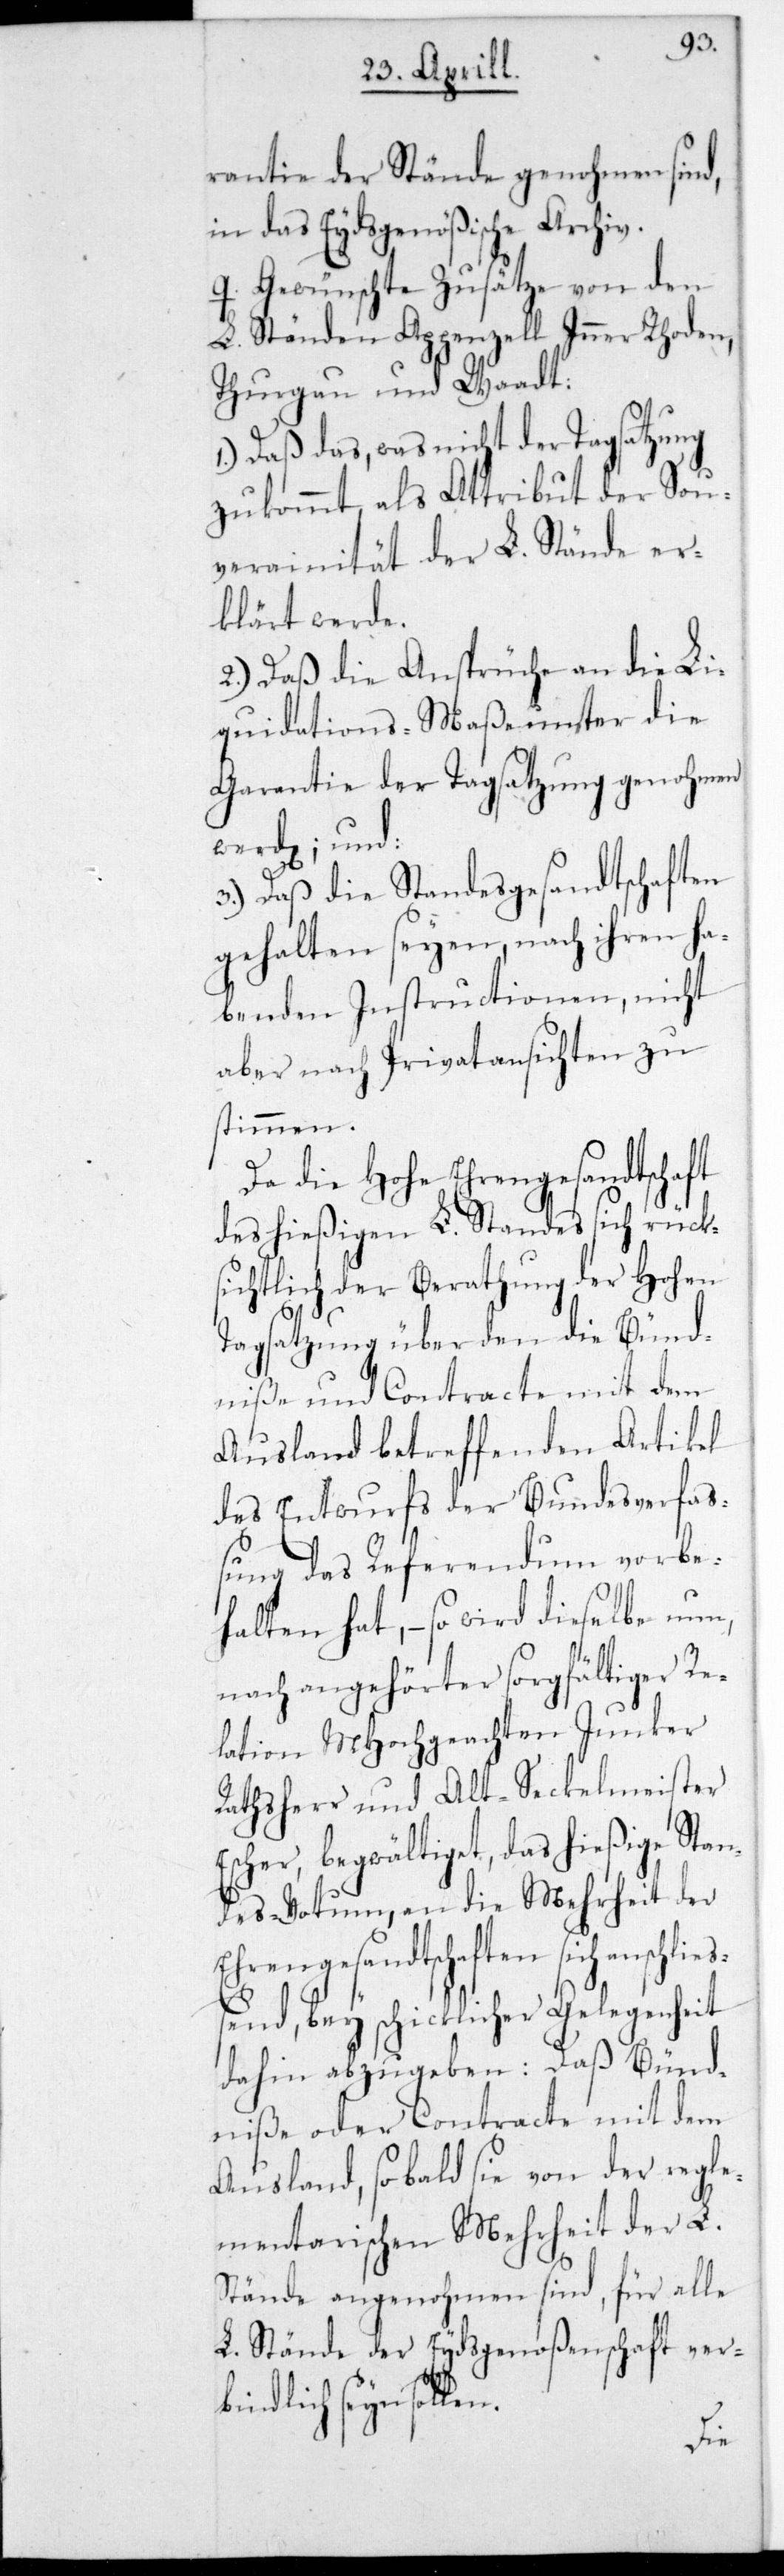
rantie der Stände genohmen sind,
in das Eydsgenößische Archiv.
q. Gewünschte Zusätze von den
L. Ständen Appenzell Inner Rhoden,
Thurgau und Waadt.
1.) Daß das, was nicht der Tagsatzung
zukommt, als Attribut der Sou¬
verainität der L. Stände er¬
klärt werde.
2.) Daß die Ansprüche an die Li¬
quidations-Maaße unter die
Garantie der Tagsatzung genohmen
werde, und
3.) Daß die Standesgesandtschaften
gehalten seyen, nach ihren ha¬
benden Instructionen, nicht
aber nach Privatansichten zu
stimmen.
Da die Hohe Ehrengesandtschaft
des hießigen L. Standes sich rück¬
sichtlich der Berathung der Hohen
Tagsatzung über den die Bünd¬
niße und Contracte mit dem
Ausland betreffenden Artikel
des Entwurfs der Bundesverfa¬
ßung das Referendum vorbe¬
halten hat, – so wird dieselbe nun,
nach angehörter sorgfältiger Re¬
lation MHochgeachten Junker
Rathsherr und Alt-Seckelmeister
Escher begwältiget, das hießige Stan¬
des-Votum, an die Mehrheit der
Ehrengesandtschaften sich anschließ¬
end, bey schicklicher Gelegenheit
dahin abzugeben: Daß Bünd¬
niße oder Contracte mit dem
Ausland, sobald sie von der regle¬
mentarischen Mehrheit der L.
Stände angenohmen sind, für alle
L. Stände der Eydsgenoßenschaft ver¬
bindlich seyn sollen.